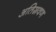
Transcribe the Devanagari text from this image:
अतिस्रवण